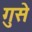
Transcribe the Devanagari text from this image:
गुसे